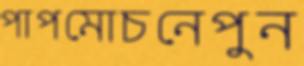
পাপমোচনেপুন